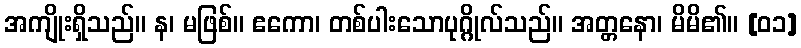
အကျိုးရှိသည်။ န၊ မဖြစ်။ ဧကော၊ တစ်ပါးသောပုဂ္ဂိုလ်သည်။ အတ္တနော၊ မိမိ၏။ [၀၁]